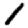
Digit: 1